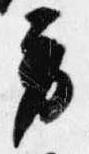
労